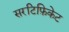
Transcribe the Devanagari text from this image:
सरटिफ़िकेट